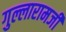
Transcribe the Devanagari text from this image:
गुल्लारामजी